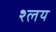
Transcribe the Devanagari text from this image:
श्लय